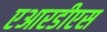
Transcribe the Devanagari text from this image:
एआरडीएस